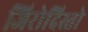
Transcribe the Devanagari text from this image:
जिरोदिस्तो